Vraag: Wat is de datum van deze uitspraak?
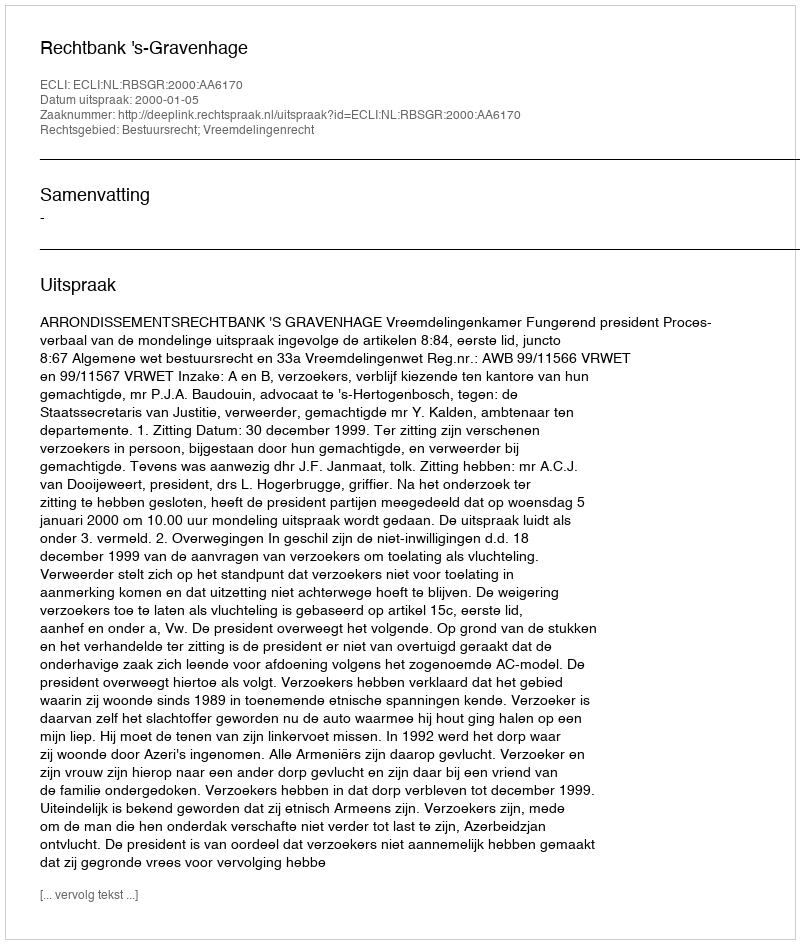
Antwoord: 2000-01-05